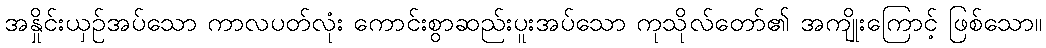
အနှိုင်းယှဉ်အပ်သော ကာလပတ်လုံး ကောင်းစွာဆည်းပူးအပ်သော ကုသိုလ်တော်၏ အကျိုးကြောင့် ဖြစ်သော။